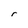
Character: r